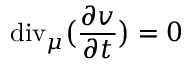
\mathrm { d i v } _ { \mu } \big ( \frac { \partial v } { \partial t } \big ) = 0